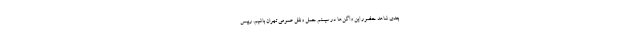
بعدی شاهد حضور این واگن‌ها در سیستم حمل ونقل عمومی تهران باشیم. رییس